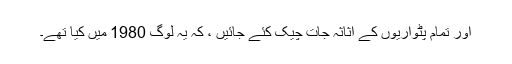
اور تمام پٹواریوں کے اثاثہ جات چیک کئے جائیں ، کہ یہ لوگ 1980 میں کیا تھے۔